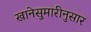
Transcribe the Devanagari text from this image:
खानेसुमारीनुसार